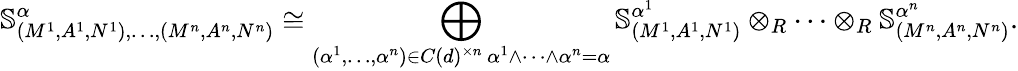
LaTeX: \mathbb{S}_{(M^{1},A^{1},N^{1}),\dots,(M^{n},A^{n},N^{n})}^{\alpha}\cong\bigoplus_{\substack{(\alpha^{1},\dots,\alpha^{n})\in C(d)^{\times n}\, \alpha^{1}\wedge\cdots\wedge\alpha^{n}=\alpha}}\mathbb{S}_{(M^{1},A^{1},N^{1})}^{\alpha^{1}}\otimes_{R}\cdots\otimes_{R}\mathbb{S}_{(M^{n},A^{n},N^{n})}^{\alpha^{n}}.